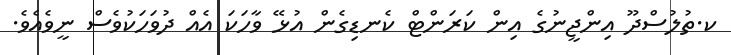
ކ.ތުލުސްދޫ އިންޖީނުގެ އިން ކަރަންޓް ކެނޑިގެން އުޅޭ ވާހަކަ އެއް ދުވަހަކުވެސް ނީވެއެވެ.